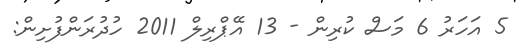
5 އަހަރު 6 މަސް ކުރިން - 13 އޭޕްރިލް 2011 ހުދުރަންފުށިން: